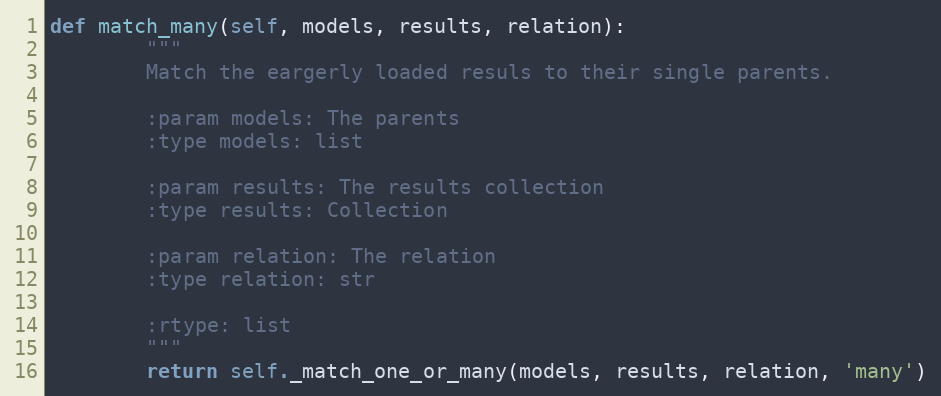
Language: Python
def match_many(self, models, results, relation):
        """
        Match the eargerly loaded resuls to their single parents.

        :param models: The parents
        :type models: list

        :param results: The results collection
        :type results: Collection

        :param relation: The relation
        :type relation: str

        :rtype: list
        """
        return self._match_one_or_many(models, results, relation, 'many')